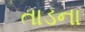
તાડના